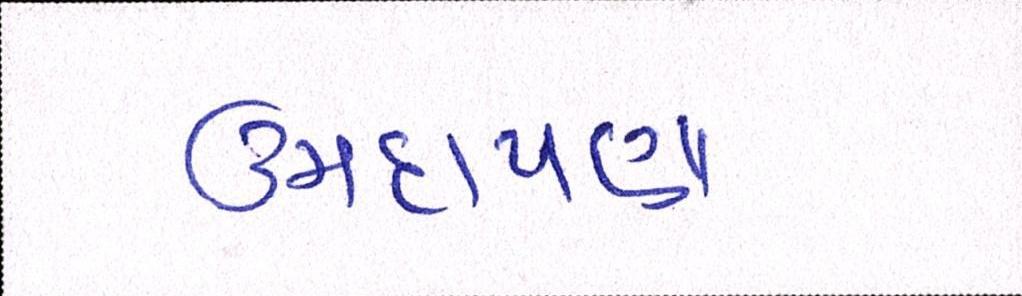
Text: ઉમદાપણા